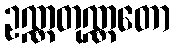
ဥဏ္ဏတုဏ္ဏတော